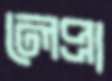
লেপ্রা